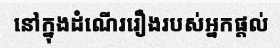
នៅក្នុងដំណើររឿងរបស់អ្នកផ្តល់